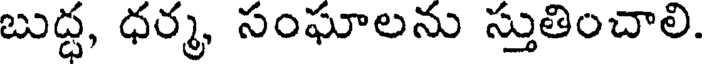
బుద్ధ, ధర్మ, సంఘాలను స్తుతించాలి.